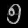
Digit: ၅